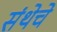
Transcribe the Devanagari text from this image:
संथेचे